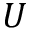
U